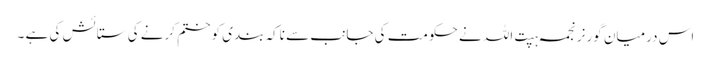
اس درمیان گورنر نجمہ ہپت اللہ نے حکومت کی جانب سے ناکہ بندی کو ختم کرنے کی ستائش کی ہے ۔